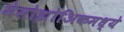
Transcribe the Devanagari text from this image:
मेसोझोअिकमध्ये